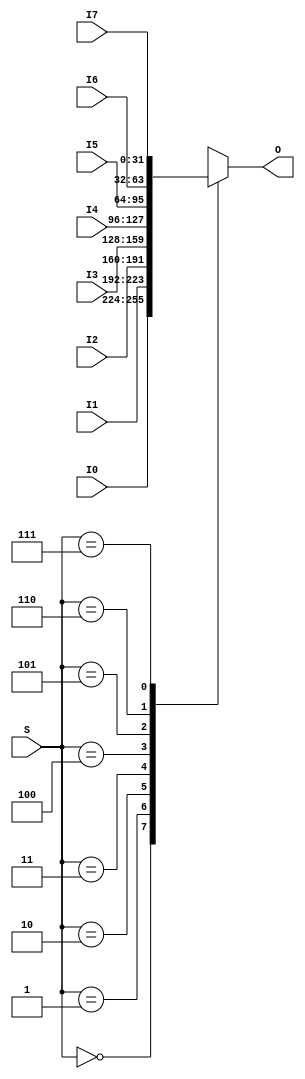
module Mux8to1_32b(
    input wire [2:0] S,
    input wire [31:0] I0,
    input wire [31:0] I1,
    input wire [31:0] I2,
    input wire [31:0] I3,
    input wire [31:0] I4,
    input wire [31:0] I5,
    input wire [31:0] I6,
    input wire [31:0] I7,
    output reg [31:0] O
);

    always @ * begin
        case (S)
            0:
                O <= I0;
            1:
                O <= I1;
            2:
                O <= I2;
            3:
                O <= I3;
            4:
                O <= I4;
            5:
                O <= I5;
            6:
                O <= I6;
            7:
                O <= I7;
            default: begin
                // exception
                O <= 0;
            end
        endcase
    end

endmodule